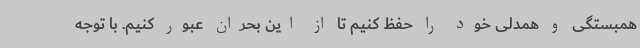
همبستگی و همدلی خود را حفظ کنیم تا از این بحران عبور کنیم. با توجه